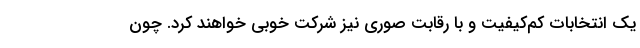
یک انتخابات کم‌کیفیت و با رقابت صوری نیز شرکت خوبی خواهند کرد. چون